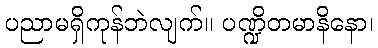
ပညာမရှိကုန်ဘဲလျက်။ ပဏ္ဍိတမာနိနော၊